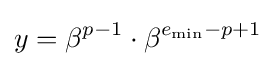
y=\beta ^{p-1}\cdot \beta ^{e_{\mathrm {min} }-p+1}